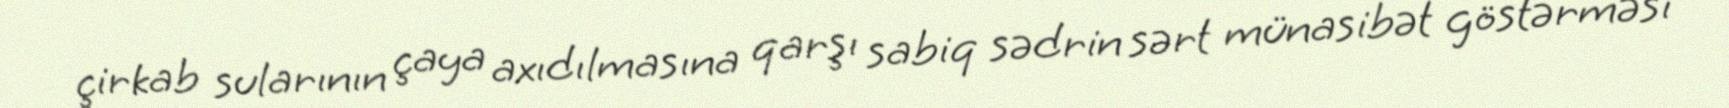
çirkab sularının çaya axıdılmasına qarşı sabiq sədrin sərt münasibət göstərməsi